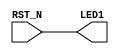
module main (output  LED1, input  RST_N);
assign LED1 = RST_N;
endmodule